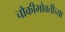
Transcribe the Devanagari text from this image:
चौकीभोवतीच्या